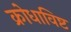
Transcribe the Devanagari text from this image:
क्रोधाविष्ट